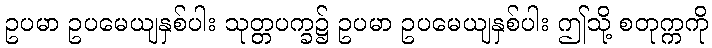
ဥပမာ ဥပမေယျနှစ်ပါး သုတ္တပက္ခ၌ ဥပမာ ဥပမေယျနှစ်ပါး ဤသို့ စတုက္ကကို